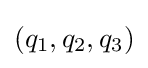
(q_{1},q_{2},q_{3})